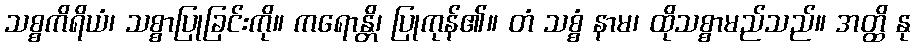
သစ္စကိရိယံ၊ သစ္စာပြုခြင်းကို။ ကရောန္တိ၊ ပြုကုန်၏။ တံ သစ္စံ နာမ၊ ထိုသစ္စာမည်သည်။ အတ္ထိ နု